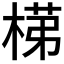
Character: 𭪺